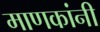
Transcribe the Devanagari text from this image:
माणकांनी